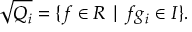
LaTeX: { \sqrt { Q _ { i } } } = \{ f \in R \mid f g _ { i } \in I \} .